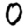
Digit: 0